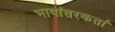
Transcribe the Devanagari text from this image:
भाषांतरकर्ता